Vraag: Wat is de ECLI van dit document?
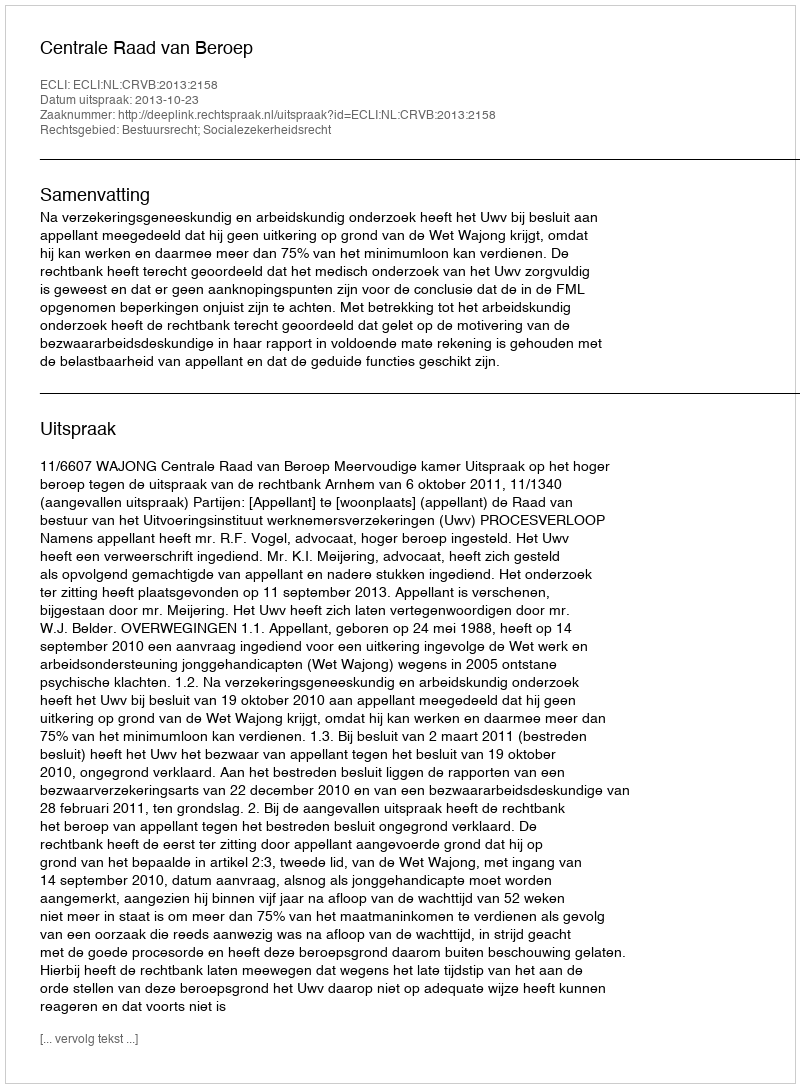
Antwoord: ECLI:NL:CRVB:2013:2158